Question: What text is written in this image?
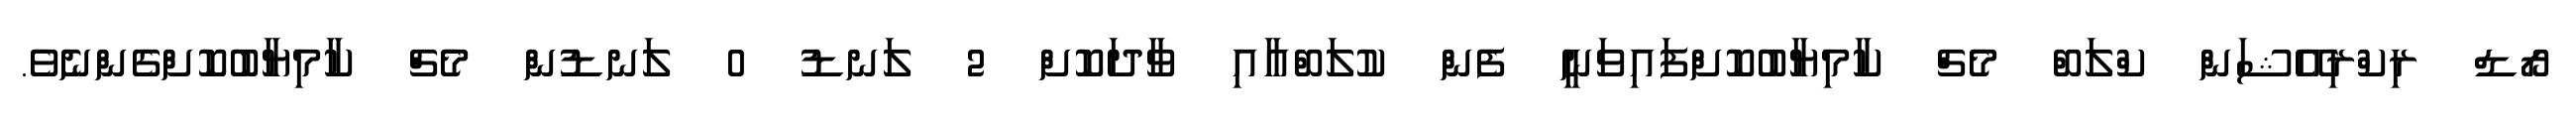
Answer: ރޯޑް ރިކްރިއޭޝަން ކްލަބް މެޗް ކާމިޔާބުކޮށްފައިވަނީ ފެން ކުލަބްއާއި ވާދަކޮށް 2 ލަނޑު 0 ލަނޑުން މެޗް ކާމިޔާބުކޮށްގެންނެވެ.